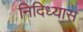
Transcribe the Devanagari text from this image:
निदिध्यास